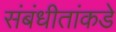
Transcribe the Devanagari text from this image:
संबंधीतांकडे